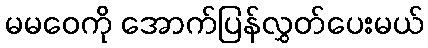
မမဝေကို အောက်ပြန်လွှတ်ပေးမယ်